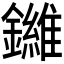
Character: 𫓙